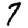
Digit: 7